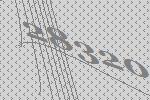
28320